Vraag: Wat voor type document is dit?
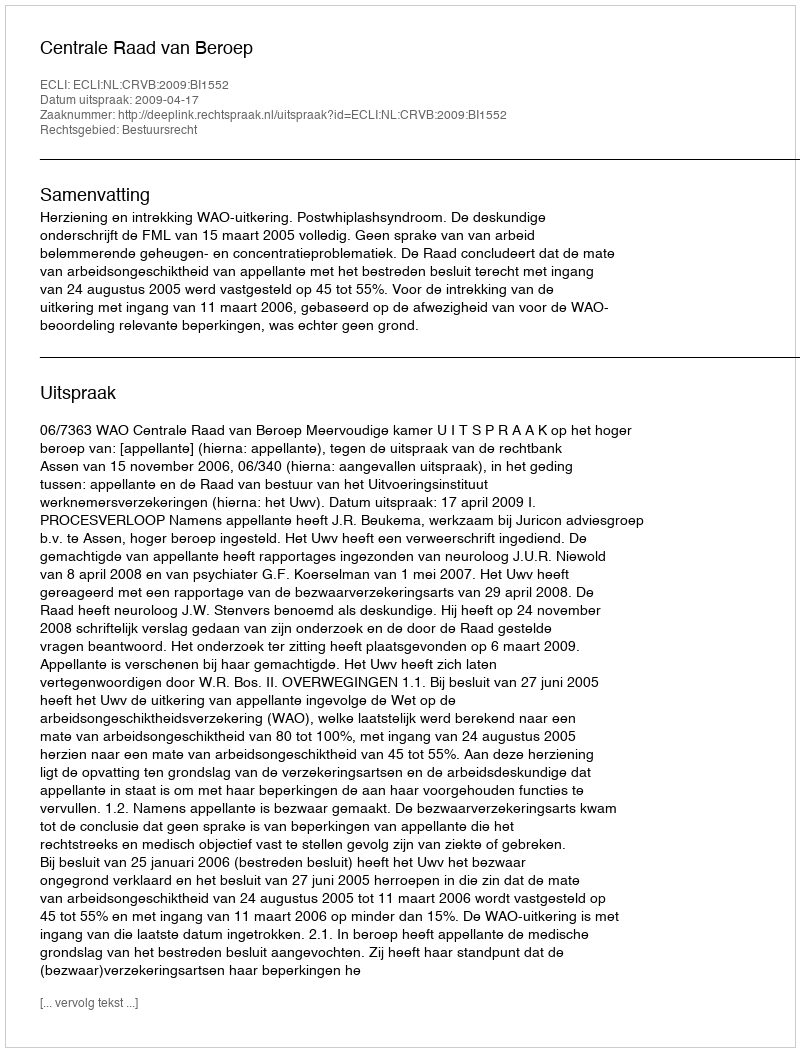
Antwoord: Uitspraak